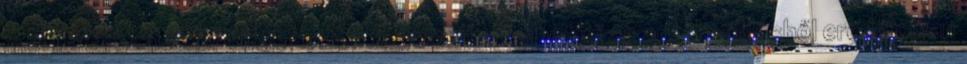
meghatározásakor kifejezetten figyelembe kell venni az adatkezelésből eredő olyan